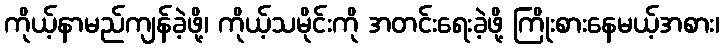
ကိုယ့်နာမည်ကျန်ခဲ့ဖို့၊ ကိုယ့်သမိုင်းကို အတင်းရေးခဲ့ဖို့ ကြိုးစားနေမယ့်အစား၊